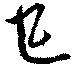
巳